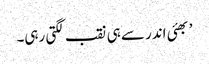
’ بھئی اندر سے ہی نقب لگتی رہی۔